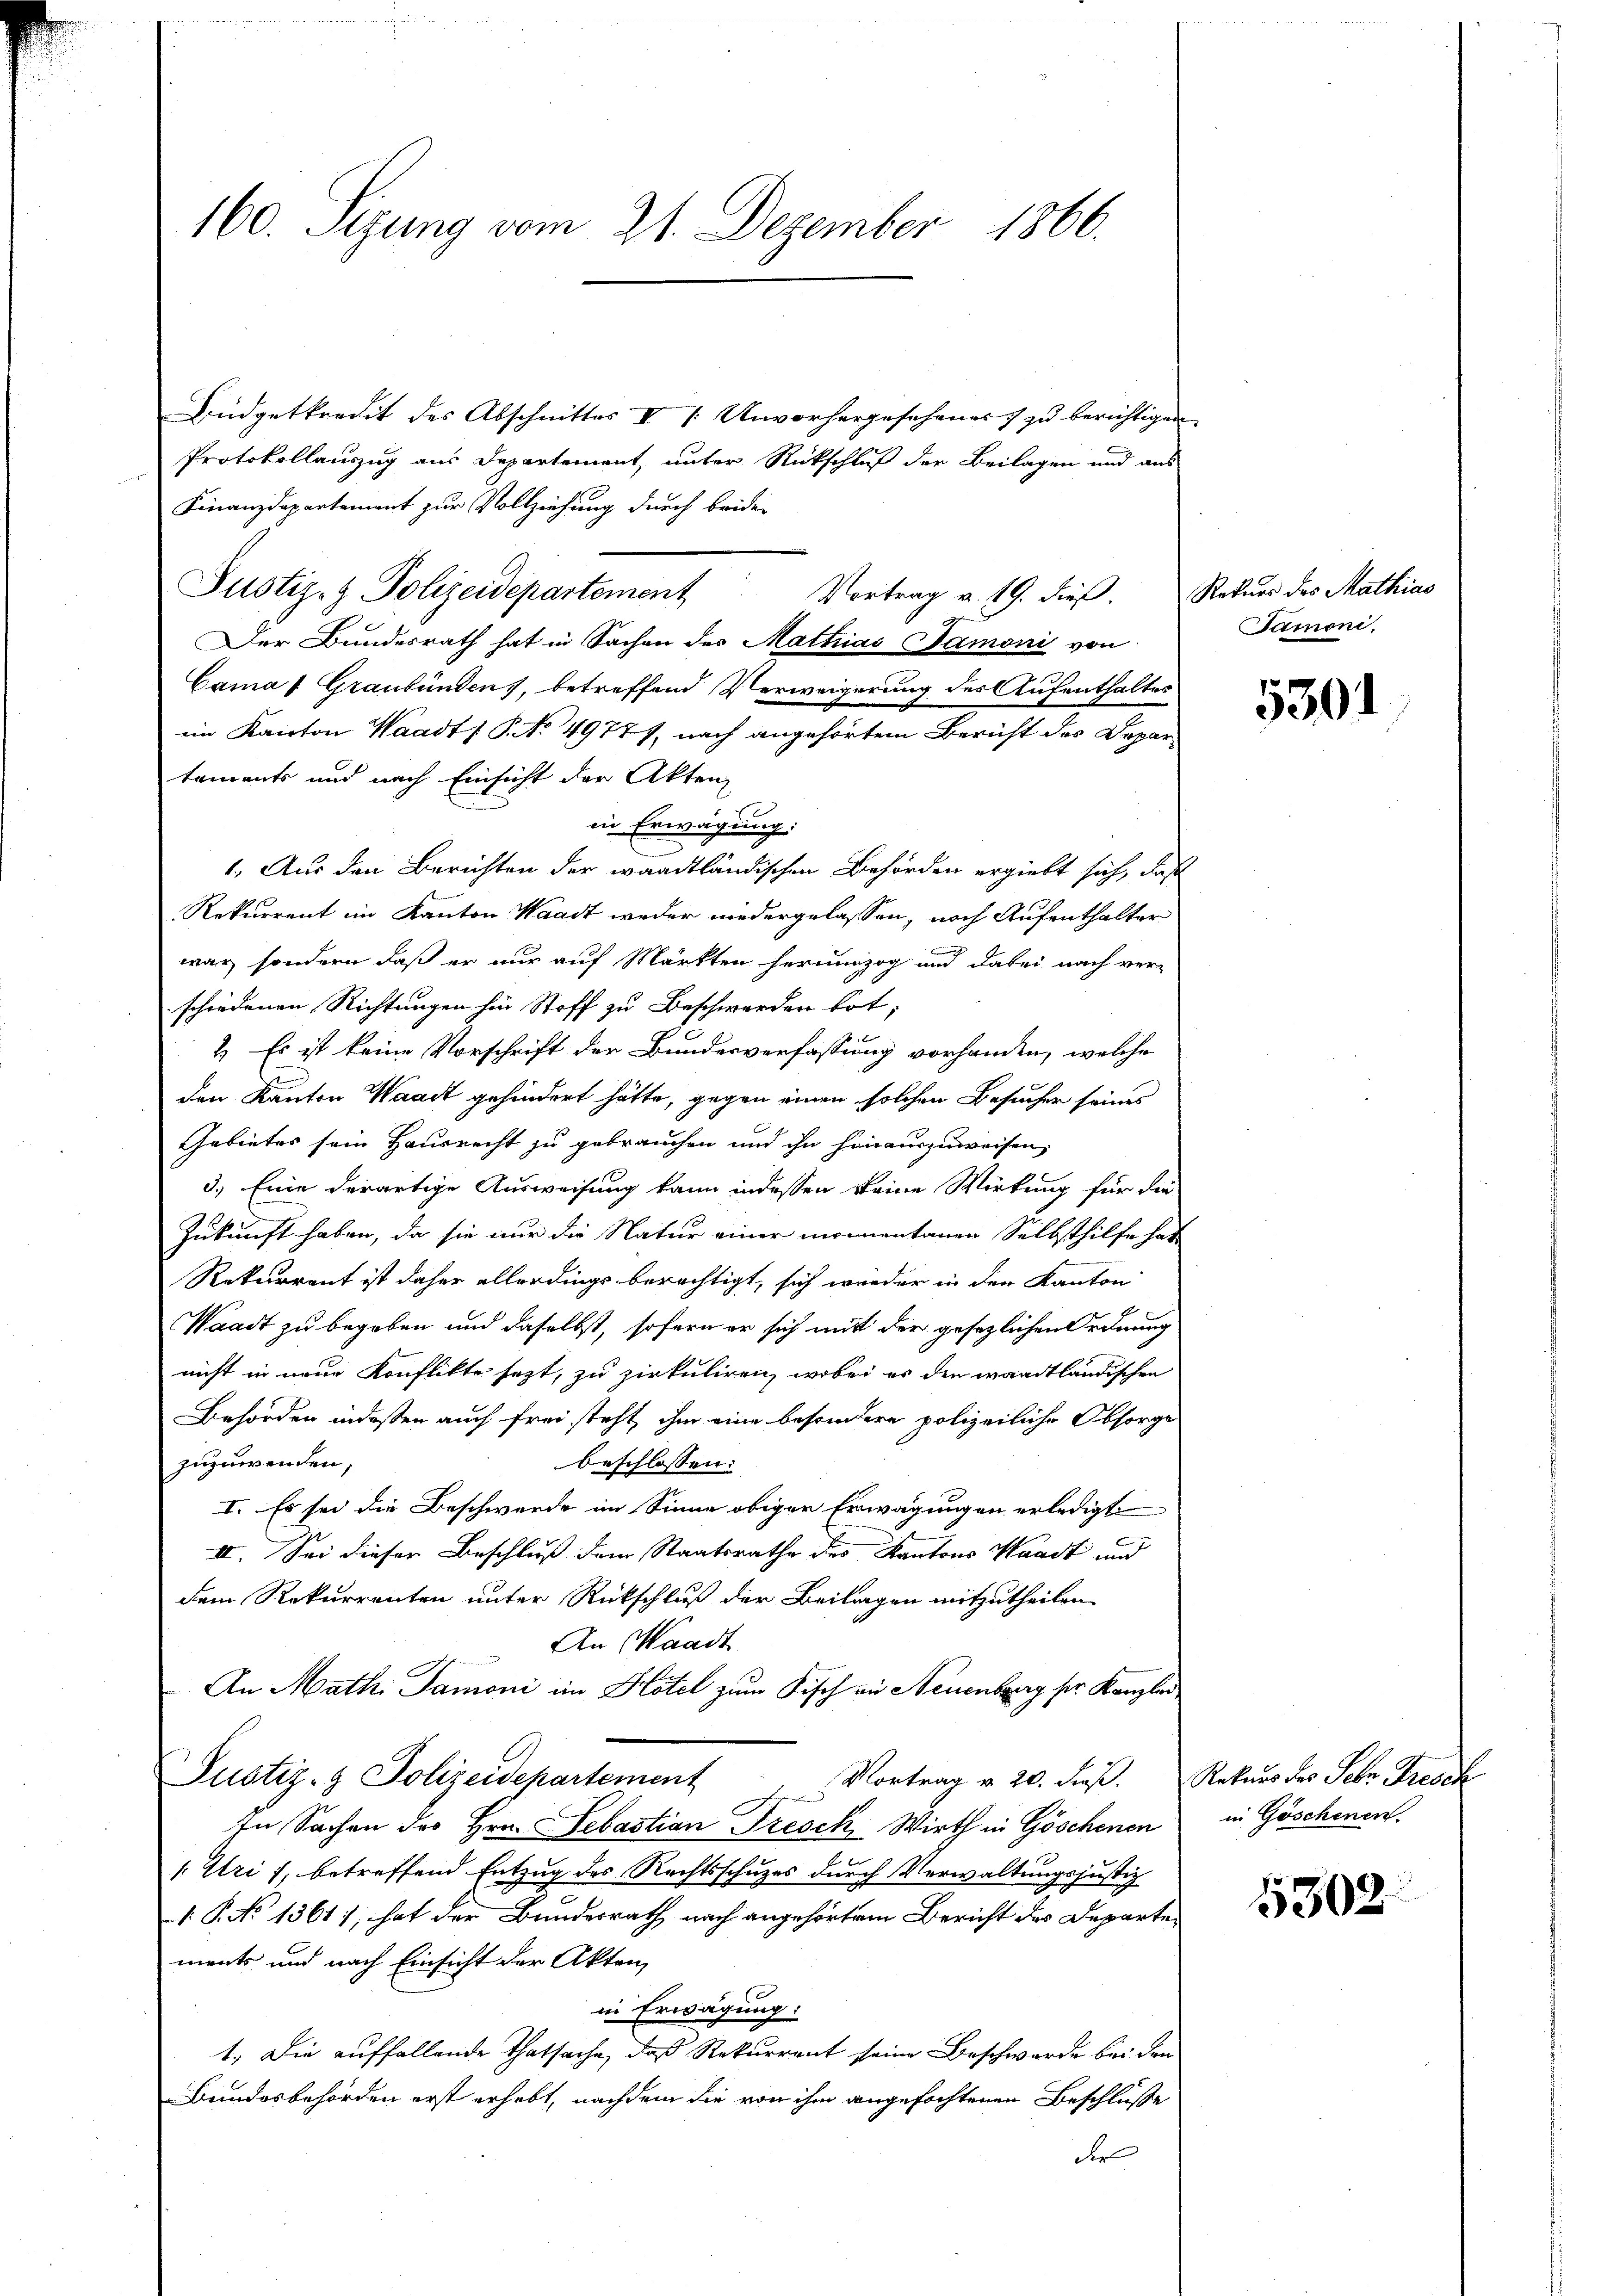
160. Sizung vom 21. Dezember 1866.

Büdgetkredit des Abschnittes V [Unvorhergesehenes) zu berichtigen
Protokollauszug aus Departement, unter Rückschluß der Beilagen und aus
Finanzdepartement zur Vollziehung durch beiden
Vortrag v. 19. dieß Rekurs des Mathias
Der Bundesrath hat in Sachen des Mathias Samoni von
Camas Graubünden, betreffend Verweigerung des Aufenthaltes
ein Kanton Waadt ( P. No. 4977), nach angehörtem Bericht des Departaments und nach Einsicht der Akten
in Erwägung:
.
Rekurrent im Kanton Waadt weder niedergelassen, nach Aufenthalter
war, sondern daß er nur auf Märkten herumzog und dabei nach ver-
schiedenen Richtungen hin Stoff zu Beschwerden tot,
f
1.) Es ist keine Vorschrift der Bundesverfassung vorhanden, welche
.
den Kanton Waadt gehindert hätte, gegen einen solchen Besucher seines
Gebietes sein Hausrecht zu gebrauchen und ihn hinauszuweisen,
3.) Eine derartige Ausweisung kann indessen keine Wirkung für die
Zukunft haben, da sie nur die Natur einer momentanen Selbsthilfe hat
Rekurrent ist daher allerdings berechtigt, sich wieder in den Kanton
Waadt zu begeben und daselbst, sofern er sich mit der gesezlichen Ordnung
nicht in neue Konflikte sezt, zu zirkuliren, wobei es den waadtländischen
Behörden indeßen auch frei steht, ihm eine besondere polizeiliche Obsorge
zuzuwenden,
beschlossen:
I. Es sei die Beschwerde im Sinne obiger Erwägungen erledigt
II. Sei dieser Beschluß dem Staatsrathe des Kantons Waadt und
dem Rekurrenten unter Rückschluß der Beilagen mitzutheilen
An Waadt
An Math. Tamoni im Hotel zum Fisch an Neuenburg ser Kanzlei
Justiz- & Polizeidepartement
Vortrag v. 20. dieß. Rekurs des Sehr Dresch
 und
In Sachen des Hrn. Sebastian Presck Wirth in Göschenen
/. Uri, betreffend Entzug des Rechtsschuzes durch Verwaltungsjustiz
 P. No 1361), hat der Bundesrath nach angehörtem Bericht des Departements und nach Einsicht der Akten,
in Erwägung:
1.) Die auffallende Thatsache, daß Rekurrent seine Beschwerde bei den
Bundesbehörden erst erhebt, nachdem die von ihm angefochtenen Beschlusse
der

Justiz- & Polizeidepartement

1. Aus den Berichten der waadtländischen Behörden ergiebt sich, daß

Samoni.

5301

in Göschenen.

5302.